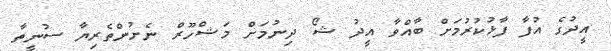
އީދުގެ އުފާ ފާޅުކުރުމަށް ބާއްވާ އީދު ޝޯ ދިނުމަށް މަޝްހޫރް ނެށުންތެރިޔާ ސުނީތާ